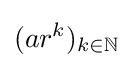
(ar^{k})_{k\in \mathbb {N} }